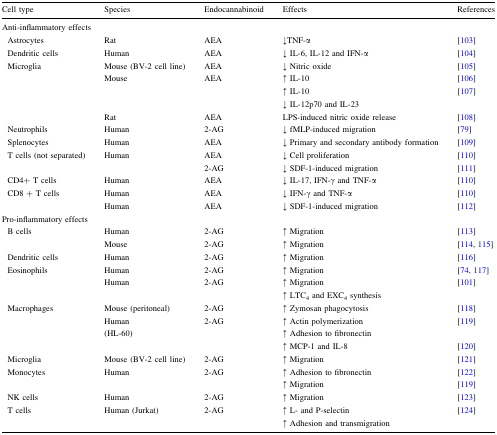
<table><thead><tr><td><b>Cell type</b></td><td><b>Species</b></td><td><b>Endocannabinoid</b></td><td><b>Effects</b></td><td><b>References</b></td></tr></thead><tbody><tr><td colspan="5">Anti-inflammatory effects</td></tr><tr><td> Astrocytes</td><td>Rat</td><td>AEA</td><td>↓TNF-α</td><td>[103]</td></tr><tr><td> Dendritic cells</td><td>Human</td><td>AEA</td><td>↓ IL-6, IL-12 and IFN-α</td><td>[104]</td></tr><tr><td rowspan="4"> Microglia</td><td>Mouse (BV-2 cell line)</td><td>AEA</td><td>↓ Nitric oxide</td><td>[105]</td></tr><tr><td rowspan="2">Mouse</td><td rowspan="2">AEA</td><td>↑ IL-10</td><td>[106]</td></tr><tr><td>↑ IL-10↓ IL-12p70 and IL-23</td><td>[107]</td></tr><tr><td>Rat</td><td>AEA</td><td>LPS-induced nitric oxide release</td><td>[108]</td></tr><tr><td> Neutrophils</td><td>Human</td><td>2-AG</td><td>↓ fMLP-induced migration</td><td>[79]</td></tr><tr><td> Splenocytes</td><td>Human</td><td>AEA</td><td>↓ Primary and secondary antibody formation</td><td>[109]</td></tr><tr><td rowspan="2"> T cells (not separated)</td><td rowspan="2">Human</td><td>AEA</td><td>↓ Cell proliferation</td><td>[110]</td></tr><tr><td>2-AG</td><td>↓ SDF-1-induced migration</td><td>[111]</td></tr><tr><td> CD4+ T cells</td><td>Human</td><td>AEA</td><td>↓ IL-17, IFN-γ and TNF-α</td><td>[110]</td></tr><tr><td rowspan="2"> CD8 + T cells</td><td>Human</td><td>AEA</td><td>↓ IFN-γ and TNF-α</td><td>[110]</td></tr><tr><td>Human</td><td>AEA</td><td>↓ SDF-1-induced migration</td><td>[112]</td></tr><tr><td colspan="5">Pro-inflammatory effects</td></tr><tr><td rowspan="2"> B cells</td><td>Human</td><td>2-AG</td><td>↑ Migration</td><td>[113]</td></tr><tr><td>Mouse</td><td>2-AG</td><td>↑ Migration</td><td>[114, 115]</td></tr><tr><td> Dendritic cells</td><td>Human</td><td>2-AG</td><td>↑ Migration</td><td>[116]</td></tr><tr><td rowspan="2"> Eosinophils</td><td>Human</td><td>2-AG</td><td>↑ Migration</td><td>[74, 117]</td></tr><tr><td>Human</td><td>2-AG</td><td>↑ Migration↑ LTC<sub>4</sub> and EXC<sub>4</sub> synthesis</td><td>[101]</td></tr><tr><td rowspan="3"> Macrophages</td><td>Mouse (peritoneal)</td><td>2-AG</td><td>↑ Zymosan phagocytosis</td><td>[118]</td></tr><tr><td rowspan="2">Human(HL-60)</td><td rowspan="2">2-AG</td><td>↑ Actin polymerization↑ Adhesion to fibronectin</td><td>[119]</td></tr><tr><td>↑ MCP-1 and IL-8</td><td>[120]</td></tr><tr><td> Microglia</td><td>Mouse (BV-2 cell line)</td><td>2-AG</td><td>↑ Migration</td><td>[121]</td></tr><tr><td rowspan="2"> Monocytes</td><td rowspan="2">Human</td><td rowspan="2">2-AG</td><td>↑ Adhesion to fibronectin</td><td>[122]</td></tr><tr><td>↑ Migration</td><td>[119]</td></tr><tr><td> NK cells</td><td>Human</td><td>2-AG</td><td>↑ Migration</td><td>[123]</td></tr><tr><td> T cells</td><td>Human (Jurkat)</td><td>2-AG</td><td>↑ L- and P-selectin↑ Adhesion and transmigration</td><td>[124]</td></tr></tbody></table>